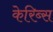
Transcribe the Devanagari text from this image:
केरिब्स